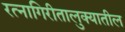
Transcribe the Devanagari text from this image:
रत्‍नागिरीतालुक्यातील